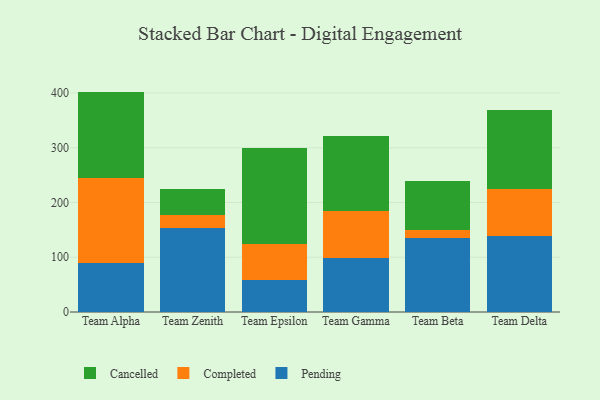
{"axis": {"x": "Team", "y": "Bounce Rate (%)"}, "legend": ["Cancelled", "Completed", "Pending"], "data": [{"x": "Team Alpha", "y": 88.9, "type": "Pending"}, {"x": "Team Alpha", "y": 155.2, "type": "Completed"}, {"x": "Team Alpha", "y": 158.4, "type": "Cancelled"}, {"x": "Team Zenith", "y": 153.2, "type": "Pending"}, {"x": "Team Zenith", "y": 24.0, "type": "Completed"}, {"x": "Team Zenith", "y": 47.0, "type": "Cancelled"}, {"x": "Team Epsilon", "y": 58.6, "type": "Pending"}, {"x": "Team Epsilon", "y": 65.3, "type": "Completed"}, {"x": "Team Epsilon", "y": 174.7, "type": "Cancelled"}, {"x": "Team Gamma", "y": 99.2, "type": "Pending"}, {"x": "Team Gamma", "y": 85.2, "type": "Completed"}, {"x": "Team Gamma", "y": 137.6, "type": "Cancelled"}, {"x": "Team Beta", "y": 135.5, "type": "Pending"}, {"x": "Team Beta", "y": 13.5, "type": "Completed"}, {"x": "Team Beta", "y": 89.5, "type": "Cancelled"}, {"x": "Team Delta", "y": 138.2, "type": "Pending"}, {"x": "Team Delta", "y": 86.8, "type": "Completed"}, {"x": "Team Delta", "y": 143.0, "type": "Cancelled"}]}